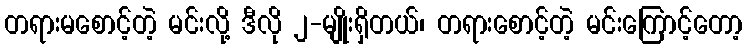
တရားမစောင့်တဲ့ မင်းလို့ ဒီလို ၂-မျိုးရှိတယ်၊ တရားစောင့်တဲ့ မင်းကြောင့်တော့